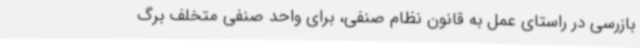
بازرسی در راستای عمل به قانون نظام صنفی، برای واحد صنفی متخلف برگ